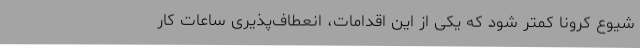
شیوع کرونا کمتر شود که یکی از این اقدامات، انعطاف‌پذیری ساعات کار